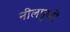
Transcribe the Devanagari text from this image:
नीलपुष्पी